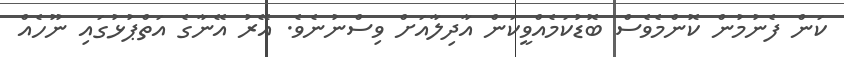
ކަން ފެނުމުން ކޮންމެވެސް ބޮޑުކަމެއްވީކަން އާދިލާއަށް ވިސްނުނެވެ. އޭރު އޭނާގެ އަތްޕުޅުގައި ނޫހެއް